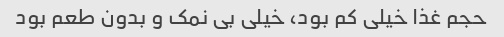
حجم غذا خیلی کم بود، خیلی بی نمک و بدون طعم بود